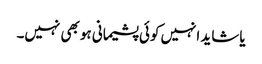
یا شاید انہیں کوئی پشیمانی ہو بھی نہیں۔